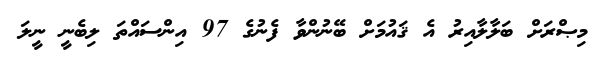
މިޞްރަށް ބަލާލާއިރު އެ ޤައުމަށް ބޭނުންވާ ފެނުގެ 97 އިންސައްތަ ލިބެނީ ނީލަ